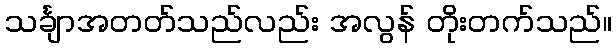
သင်္ချာအတတ်သည်လည်း အလွန် တိုးတက်သည်။